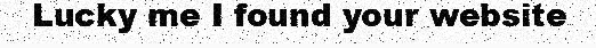
Lucky me I found your website